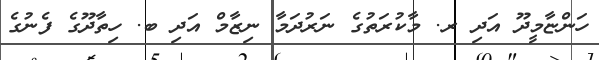
ހަންޏާމީދޫ އަދި ރ. މާކުރަތުގެ ނަރުދަމާ ނިޒާމް އަދި ބ. ހިތާދޫގެ ފެނުގެ